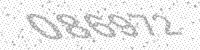
Solution: 086972